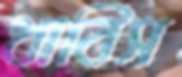
ধাবিস